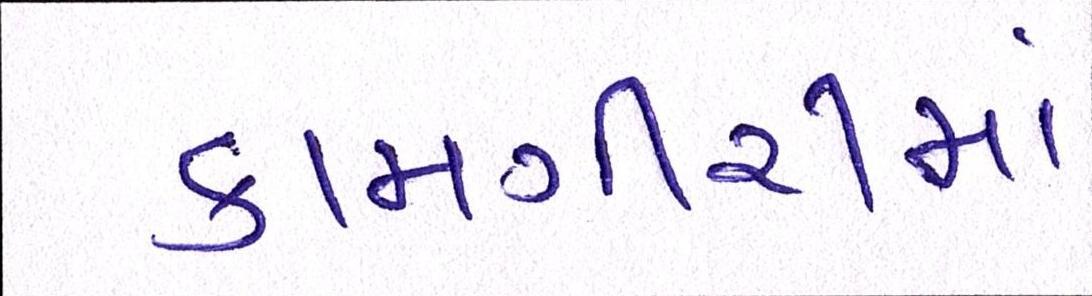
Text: કામગીરીમાં